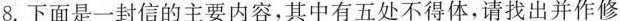
8.下面是一封信的主要内容，其中有五处不得体，请找出并作修